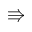
\Rrightarrow